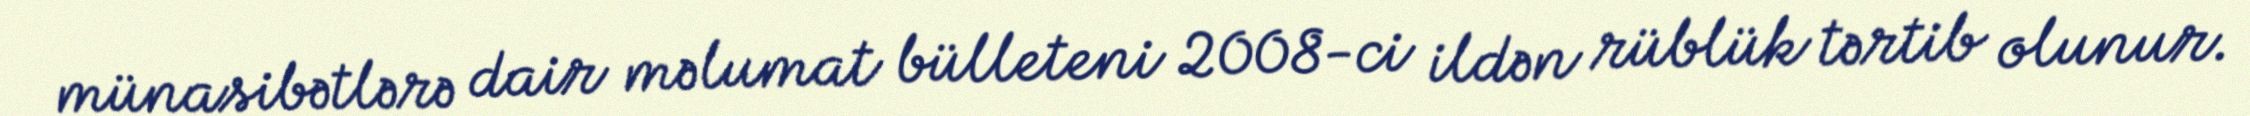
münasibətlərə dair məlumat bülleteni 2008-ci ildən rüblük tərtib olunur.